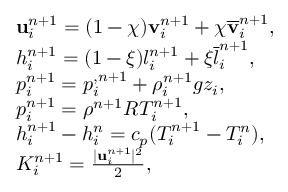
\begin{array} { r l } & { \mathbf u _ { i } ^ { n + 1 } = ( 1 - \chi ) { \mathbf v } _ { i } ^ { n + 1 } + \chi \overline { { \mathbf v } } _ { i } ^ { n + 1 } , } \\ & { h _ { i } ^ { n + 1 } = ( 1 - \xi ) { l } _ { i } ^ { n + 1 } + \xi \overline { { l } } _ { i } ^ { n + 1 } , } \\ & { p _ { i } ^ { n + 1 } = p _ { i } ^ { , n + 1 } + \rho _ { i } ^ { n + 1 } g z _ { i } , } \\ & { p _ { i } ^ { n + 1 } = \rho ^ { n + 1 } R T _ { i } ^ { n + 1 } , } \\ & { h _ { i } ^ { n + 1 } - h _ { i } ^ { n } = c _ { p } ( T _ { i } ^ { n + 1 } - T _ { i } ^ { n } ) , } \\ & { K _ { i } ^ { n + 1 } = \frac { | \mathbf u _ { i } ^ { n + 1 } | ^ { 2 } } { 2 } , } \end{array}